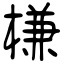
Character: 槏